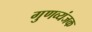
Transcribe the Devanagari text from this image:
गुणव्यंजक